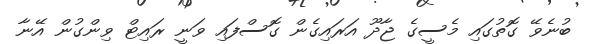
ބުނެވޭ ގޮތުގައި މެސީގެ ޖާދޫ އަރައިގެން ގޮސްފައި ވަނީ ރައިޓް ވިންގުން އޭނާ